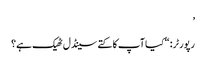
’
رپورٹر: “کیا آپ کا کتے سینڈل ٹھیک ہے؟